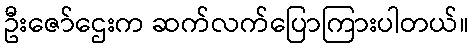
ဦးဇော်ဌေးက ဆက်လက်ပြောကြားပါတယ်။